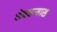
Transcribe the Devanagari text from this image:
शेतकर्‍यास